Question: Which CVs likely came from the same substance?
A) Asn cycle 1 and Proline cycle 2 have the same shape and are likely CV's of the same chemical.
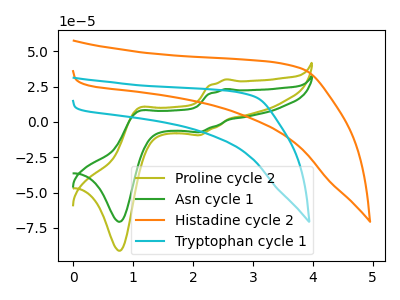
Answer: <think>The olive curve "Proline cycle 2" has anodic peaks at (2.55V, 30.05uA) (1.10V, 9.55uA) and cathodic peaks at (2.10V, -9.35uA) (0.80V, -91.10uA). The green curve "Asn cycle 1" has anodic peaks at (2.55V, 23.30uA) (1.10V, 7.40uA) and cathodic peaks at (2.10V, -7.25uA) (0.80V, -70.65uA). The orange curve "Histadine cycle 2" has no peaks. The cyan curve "Tryptophan cycle 1" has no peaks.
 All the peaks in "Proline cycle 2" have a peak in "Asn cycle 1" at the same potential. Every peak in "Proline cycle 2" is higher than every peak in "Asn cycle 1". "Proline cycle 2" and "Histadine cycle 2" have a different number of peaks. "Proline cycle 2" and "Tryptophan cycle 1" have a different number of peaks. "Asn cycle 1" and "Histadine cycle 2" have a different number of peaks. "Asn cycle 1" and "Tryptophan cycle 1" have a different number of peaks. Neither "Histadine cycle 2" or "Tryptophan cycle 1" have any peaks.</think>
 <answer>A) "Asn cycle 1" and "Proline cycle 2" have the same shape and are likely CV's of the same chemical.</answer>
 <eval>A</eval>